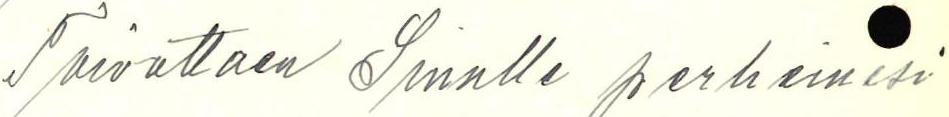
Toivottaen Sinulle perheinesi